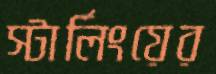
স্টার্লিংয়ের